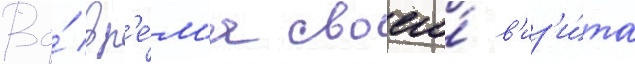
Во́ вр'е́м'я своего́ в'из'и́та